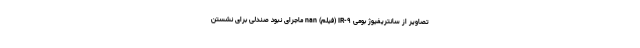
تصاویر از سانتریفیوژ بومی IR-۹ (فیلم) nan ماجرای نبود صندلی برای نشستن